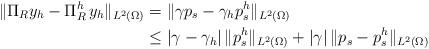
LaTeX: \begin{align*} \|\Pi_R y_h-\Pi_R^h\, y_h\|_{L^2(\Omega)} &= \|\gamma p_s-\gamma_h p_s^h\|_{L^2(\Omega)} \\ &\le |\gamma-\gamma_h|\,\|p_s^h\|_{L^2(\Omega)} + |\gamma|\,\|p_s-p_s^h\|_{L^2(\Omega)} \end{align*}